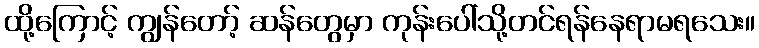
ထို့ကြောင့် ကျွန်တော့် ဆန်တွေမှာ ကုန်းပေါ်သို့တင်ရန်နေရာမရသေး။